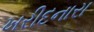
ખરીદનારા